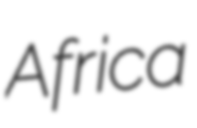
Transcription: Africa